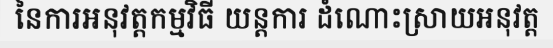
នៃការអនុវត្តកម្មវិធី យន្តការ ដំណោះស្រាយអនុវត្ត